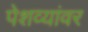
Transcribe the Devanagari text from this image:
पेशव्यांवर